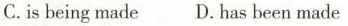
C.isbeing made D. Has been made